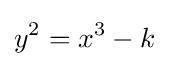
y^{2}=x^{3}-k